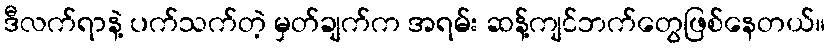
ဒီလက်ရာနဲ့ ပက်သက်တဲ့ မှတ်ချက်က အရမ်း ဆန့်ကျင်ဘက်တွေဖြစ်နေတယ်။